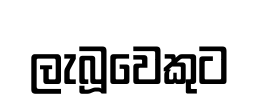
ලැබූවෙකුට